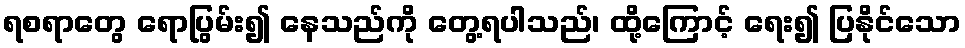
ရစရာတွေ ရောပြွမ်း၍ နေသည်ကို တွေ့ရပါသည်၊ ထို့ကြောင့် ရေး၍ ပြနိုင်သော